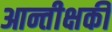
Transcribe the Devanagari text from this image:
आन्तीक्षकी